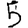
Digit: 5